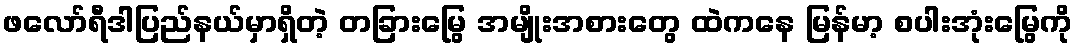
ဖလော်ရီဒါပြည်နယ်မှာရှိတဲ့ တခြားမြွေ အမျိုးအစားတွေ ထဲကနေ မြန်မာ့ စပါးအုံးမြွေကို